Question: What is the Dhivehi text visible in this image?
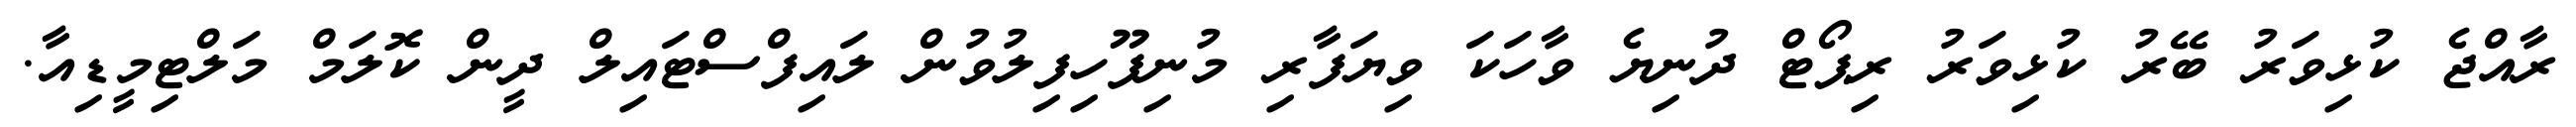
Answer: ރާއްޖެ ކުޅިވަރު ބޭރު ކުޅިވަރު ރިޕޯޓް ދުނިޔެ ވާހަކަ ވިޔަފާރި މުނިފޫހިފިލުވުން ލައިފްސްޓައިލް ދީން ކޮލަމް މަލްޓިމީޑިއާ.